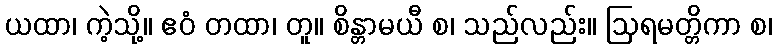
ယထာ၊ ကဲ့သို့။ ဧဝံ တထာ၊ တူ။ စိန္တာမယီ စ၊ သည်လည်း။ ဩရမတ္တိကာ စ၊